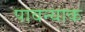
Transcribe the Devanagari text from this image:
पावन्याक